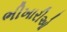
ભીખારીઓ